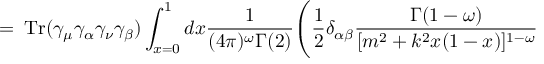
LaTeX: = \; \mathrm { T r } ( \gamma _ { \mu } \gamma _ { \alpha } \gamma _ { \nu } \gamma _ { \beta } ) \int _ { x = 0 } ^ { 1 } d x \frac { 1 } { ( 4 \pi ) ^ { \omega } \Gamma ( 2 ) } \Bigg ( \frac { 1 } { 2 } \delta _ { \alpha \beta } \frac { \Gamma ( 1 - \omega ) } { [ m ^ { 2 } + k ^ { 2 } x ( 1 - x ) ] ^ { 1 - \omega } }